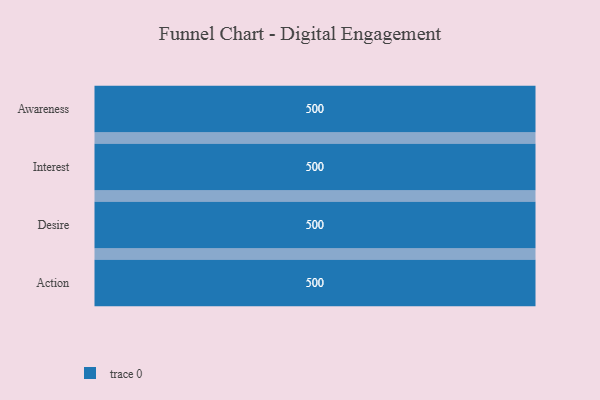
{"axis": {"x": "Stage", "y": "Value"}, "legend": [""], "data": [{"x": "Awareness", "y": 500, "type": ""}, {"x": "Interest", "y": 500, "type": ""}, {"x": "Desire", "y": 500, "type": ""}, {"x": "Action", "y": 500, "type": ""}]}